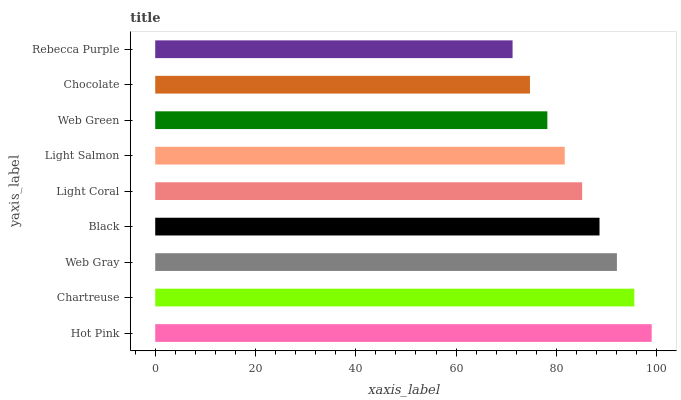
| yaxis_label | bars |
 | --- | --- |
 | Hot Pink | 99 |
 | Chartreuse | 95.5 |
 | Web Gray | 92.1 |
 | Black | 88.6 |
 | Light Coral | 85.1 |
 | Light Salmon | 81.7 |
 | Web Green | 78.2 |
 | Chocolate | 74.7 |
 | Rebecca Purple | 71.3 |